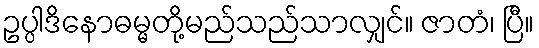
ဥပ္ပါဒိနောဓမ္မတို့မည်သည်သာလျှင်။ ဇာတံ၊ ပြီ။